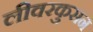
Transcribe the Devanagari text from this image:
लीवरकुसन